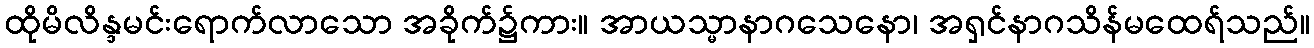
ထိုမိလိန္ဒမင်းရောက်လာသော အခိုက်၌ကား။ အာယသ္မာနာဂသေနော၊ အရှင်နာဂသိန်မထေရ်သည်။